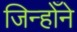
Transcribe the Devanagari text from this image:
जिन्होँने